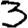
Digit: 3